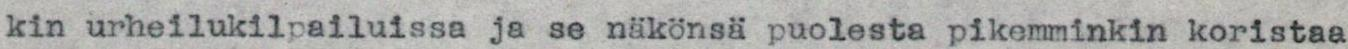
kin urheilukilpailuissa ja se näkönsä puolesta pikemminkin koristaa